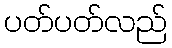
ပတ်ပတ်လည်